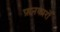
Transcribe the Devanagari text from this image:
फ़नकारों